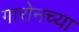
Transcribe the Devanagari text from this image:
गारोनच्या